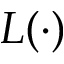
L ( \cdot )